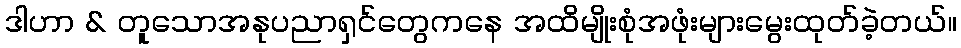
ဒါဟာ & တူသောအနုပညာရှင်တွေကနေ အထိမျိုးစုံအဖုံးများမွေးထုတ်ခဲ့တယ်။